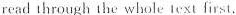
read through the whole text first.